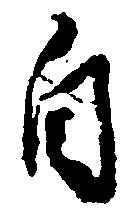
自